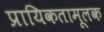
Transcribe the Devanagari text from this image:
प्रायिकतामूलक